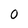
Character: 0